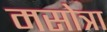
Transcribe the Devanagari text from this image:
मसोत्रा